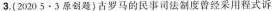
3.(20205·3原创题)古罗马的民事司法制度曾经采用程式诉